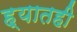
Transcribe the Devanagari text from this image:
ह्यातही